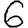
Digit: 6